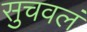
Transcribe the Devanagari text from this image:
सुचवलं